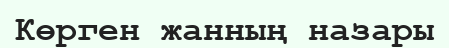
Көрген жанның назары